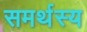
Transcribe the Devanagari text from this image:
समर्थस्य